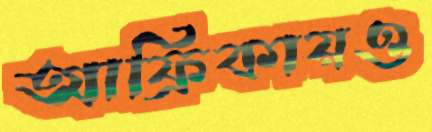
আফ্রিকায়ও